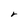
Character: r